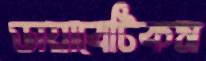
ডায়াবেটিকস